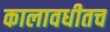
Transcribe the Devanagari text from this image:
कालावधीतच